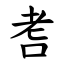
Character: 㖈